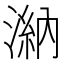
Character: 𣻀